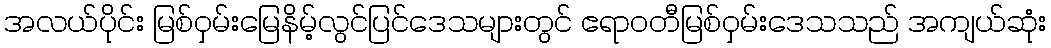
အလယ်ပိုင်း မြစ်ဝှမ်းမြေနိမ့်လွင်ပြင်ဒေသများတွင် ဧရာဝတီမြစ်ဝှမ်းဒေသသည် အကျယ်ဆုံး